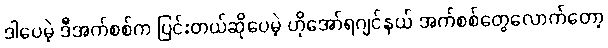
ဒါပေမဲ့ ဒီအက်စစ်က ပြင်းတယ်ဆိုပေမဲ့ ဟိုအော်ရဂျင်နယ် အက်စစ်တွေလောက်တော့